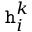
\mathtt { h } _ { i } ^ { k }